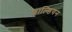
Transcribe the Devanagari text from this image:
शाल्डियन